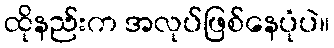
ထိုနည်းက အလုပ်ဖြစ်နေပုံပဲ။